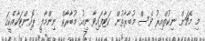
މި މެޗަށް ނިކުތްއިރު ވެސް މުބާރާތުން ކަޓާފައިވާ ނިއު މުބާރާތް ނިންމާލީ ޕޮއިންޓަކާއެކީގަ